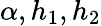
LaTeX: \alpha,h_{1},h_{2}